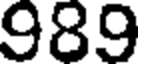
989